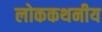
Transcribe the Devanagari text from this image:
लोककथनीय